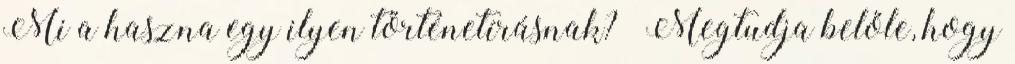
Mi a haszna egy ilyen történetírásnak? „Megtudja belőle, hogy